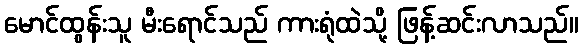
မောင်ထွန်းသူ မီးရောင်သည် ကားရုံထဲသို့ ဖြန့်ဆင်းလာသည်။